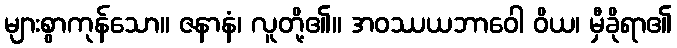
များစွာကုန်သော။ ဇနာနံ၊ လူတို့၏။ အဝဿယဘာဝေါ ဝိယ၊ မှီခိုရာ၏